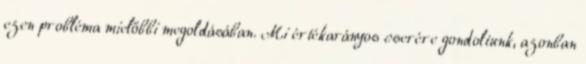
ezen probléma mielőbbi megoldásában. Mi értékarányos cserére gondoltunk, azonban